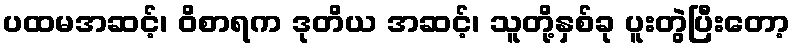
ပထမအဆင့်၊ ဝိစာရက ဒုတိယ အဆင့်၊ သူတို့နှစ်ခု ပူးတွဲပြီးတော့